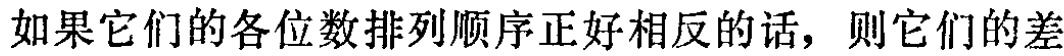
如果它们的各位数排列顺序正好相反的话，则它们的差